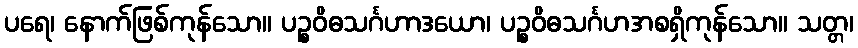
ပရေ၊ နောက်ဖြစ်ကုန်သော။ ပဉ္စဝိဓသင်္ဂဟာဒယော၊ ပဉ္စဝိဓသင်္ဂဟအစရှိကုန်သော။ သတ္တ၊